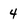
Character: 4